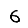
Digit: 6